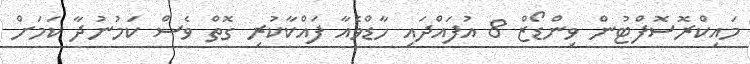
މައިކްރޮސޮފްޓުން ވިންޑޯޒް 8 އުފައްދައި ހާޑްވެއާ ފައްކާކުރި ގޮތް ވެސް ކަމުނުދާ ކަމަށް